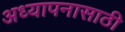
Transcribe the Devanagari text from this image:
अध्यापनासाठी